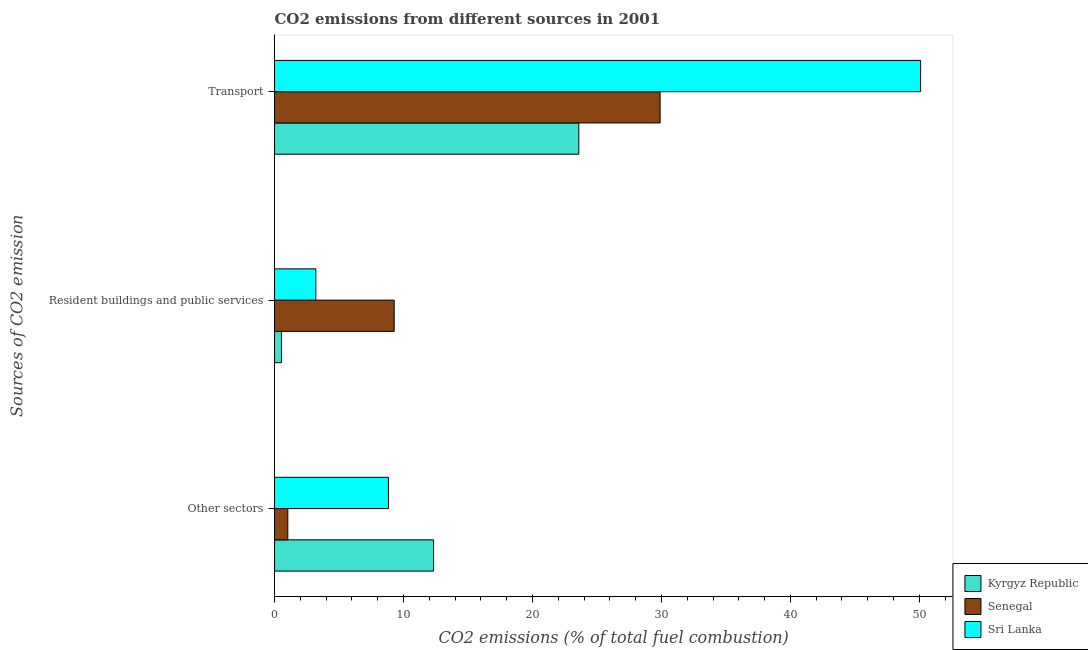
| Sources of CO2 emission | Kyrgyz Republic | Senegal | Sri Lanka |
 | --- | --- | --- | --- |
 | Other sectors | 12.3 | 1.03 | 8.83 |
 | Resident buildings and public services | 0.536 | 9.28 | 3.2 |
 | Transport | 23.6 | 29.9 | 50.1 |